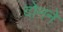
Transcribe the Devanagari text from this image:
दोनने